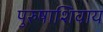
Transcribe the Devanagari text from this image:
पुरुषाशिवाय